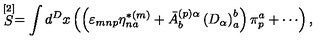
\stackrel { \lbrack 2 ] } { S } = \int d ^ { D } x \left( \left( \varepsilon _ { m n p } \eta _ { n a } ^ { * ( m ) } + \bar { A } _ { b } ^ { ( p ) \alpha } \left( D _ { \alpha } \right) _ { a } ^ { b } \right) \pi _ { p } ^ { a } + \cdots \right) ,